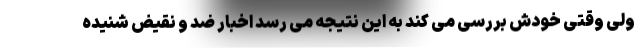
ولی وقتی خودش بررسی می کند به این نتیجه می رسد اخبار ضد و نقیض شنیده